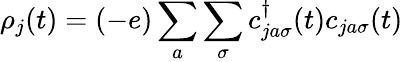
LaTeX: \rho_{j}(t)=(-e)\sum_{a}\sum_{\sigma}c_{ja\sigma}^{\dagger}(t)c_{ja\sigma}(t)